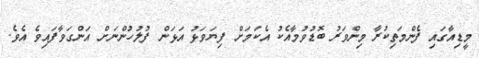
މީޑިއާގައި ފެންމަތިކުރާ މިންވަރު ބޮޑުވުމާއެކު އެކަމަށް ފިޔަވަޅު އަޅަން ފުލުހުންނަށް އަންގަވާފައިވެ އެވެ.